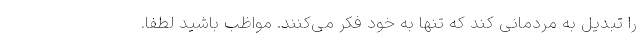
را تبدیل به مردمانی کند که تنها به خود فکر می‌کنند. مواظب باشید لطفا.